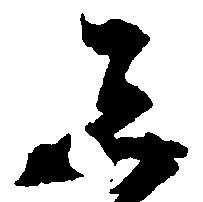
し